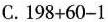
C. $$1 9 8 + 6 0 - 1$$